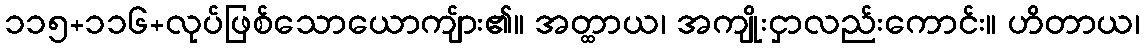
၁၁၅+၁၁၆+လုပ်ဖြစ်သောယောကျ်ား၏။ အတ္ထာယ၊ အကျိုးငှာလည်းကောင်း။ ဟိတာယ၊